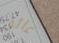
عائق